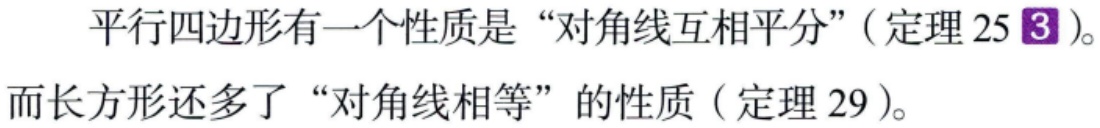
平行四边形有一个性质是“对角线互相平分”(定理 25\(^{3}\))。而长方形还多了“对角线相等”的性质(定理 29)。